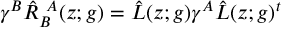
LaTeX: \gamma ^ { B } \hat { R } _ { B } ^ { ~ A } ( z ; g ) = \hat { L } ( z ; g ) \gamma ^ { A } \hat { L } ( z ; g ) ^ { t }